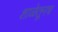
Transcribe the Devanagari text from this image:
शाळेतूनच